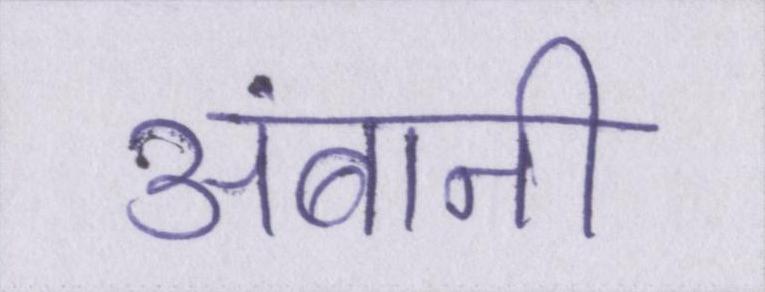
अंबानी